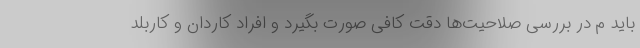
باید م در بررسی صلاحیت‌ها دقت کافی صورت بگیرد و افراد کاردان و کاربلد